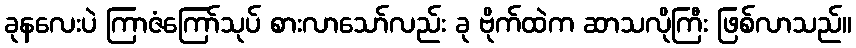
ခုနလေးပဲ ကြာဇံကြော်သုပ် စားလာသော်လည်း ခု ဗိုက်ထဲက ဆာသလိုကြီး ဖြစ်လာသည်။